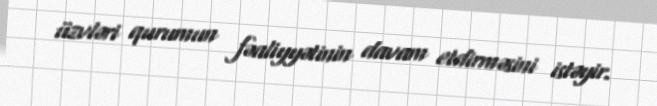
üzvləri qurumun fəaliyyətinin davam etdirməsini istəyir.